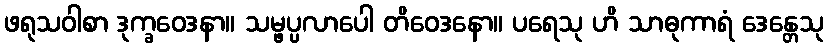
ဖရုသဝါစာ ဒုက္ခဝေဒနာ။ သမ္ဖပ္ပလာပေါ တိဝေဒနော။ ပရေသု ဟိ သာဓုကာရံ ဒေန္တေသု